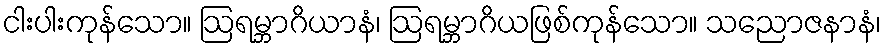
ငါးပါးကုန်သော။ ဩရမ္ဘာဂိယာနံ၊ ဩရမ္ဘာဂိယဖြစ်ကုန်သော။ သညောဇနာနံ၊